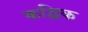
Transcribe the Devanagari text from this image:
कद्विक